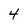
Character: 4